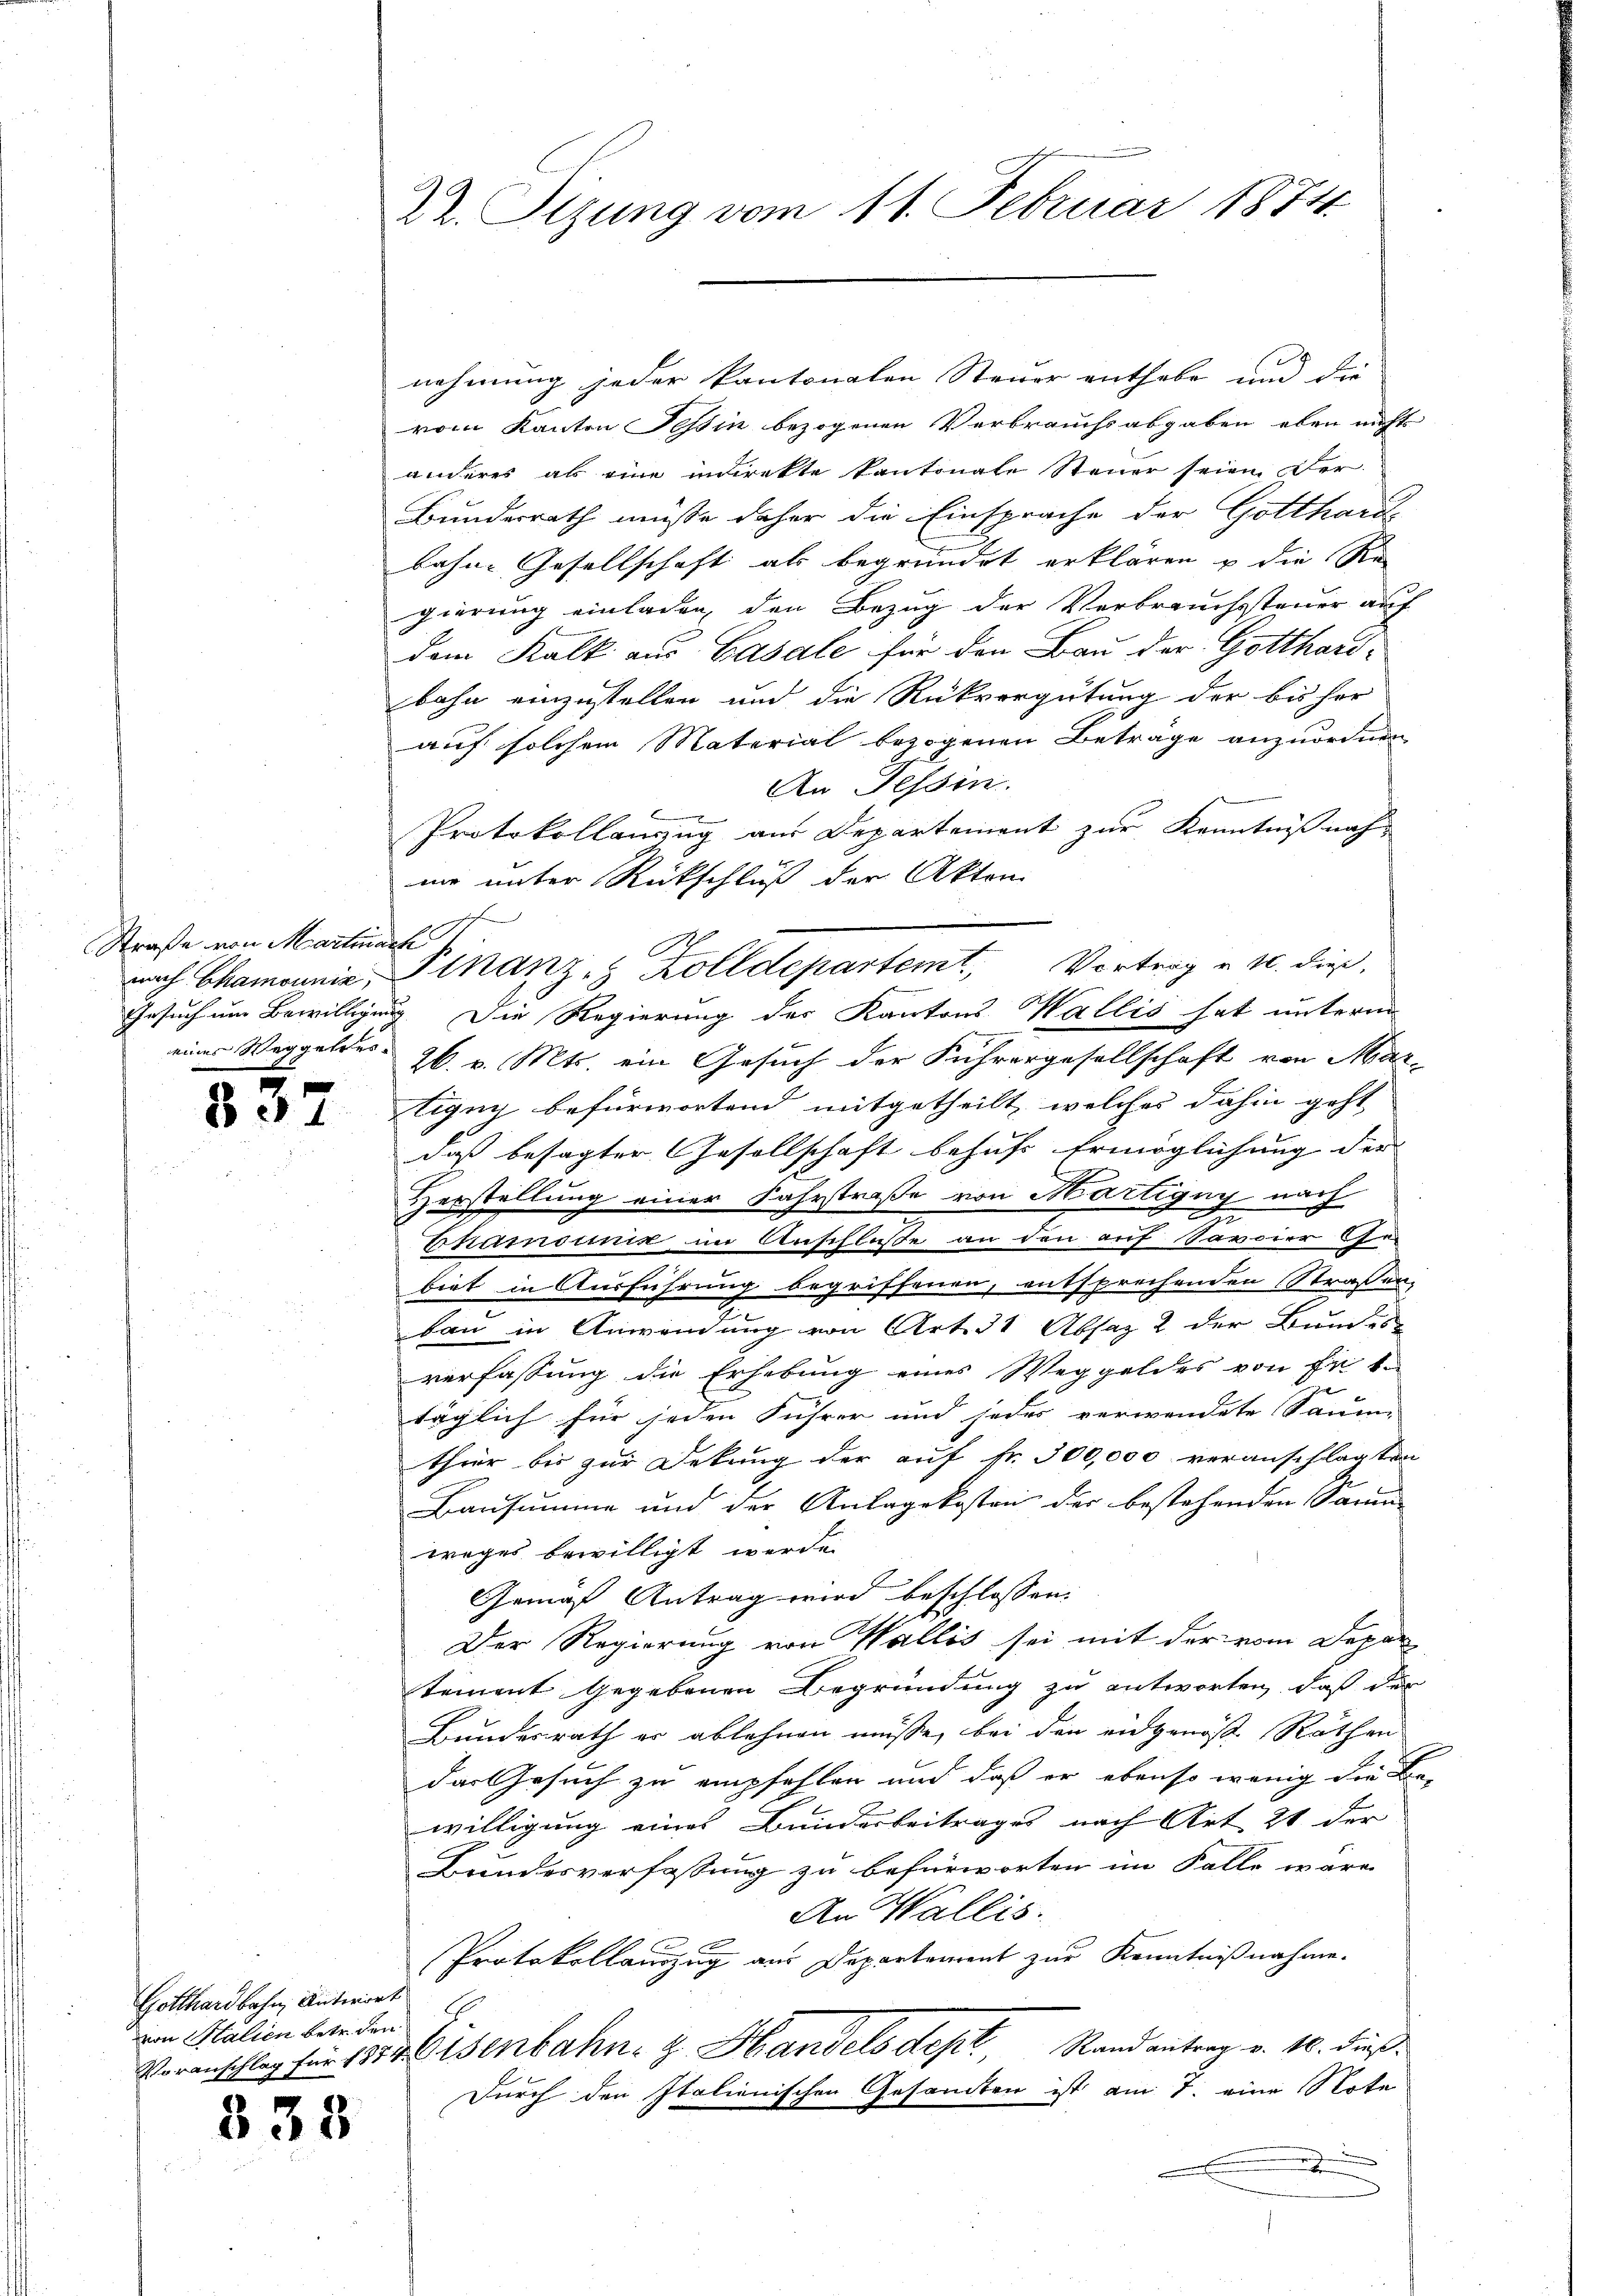
Straße von Martinach
eines Weggeles
8

837

Gotthardbahn, Antwort
von Salien betr. den

333

22. Tizung vom 11. Februar 1874

nehmung jeder kantonalen Steuer enthabe und die
vom Kanton Tessin bezogenen Verbrauchs abgaben eben nichts
anderes als eine indirekte kantonale Steuer seien Ver-
Bundesrath müsse daher die Einsprache der Gotthard-
bahne Gesellschaft als begründet erklären u die Re
gierung einladen, den Bezug der Verbrauchssteuer auf
dem Kalk aus Casale für den Bau der Gotthardbahn einzustellen und die Rückvergütung der bis her
auf solchem Material bezogenen Beträge anzuordnen,
An Tessin.

Protokollauszug aus Departement zur Kenntniß nah
nie unter Rückschluß der Akten
Gesuch um Bewilligung. Die Regierung der Kantons Wallis hat unterm
26. v. Mts. ein Gesuch der Führergesellschaft von Martigny befürwortend mitgetheilt, welches dahin geht
daß besagter Gesellschaft behufs Ermöglichung der
Verstellung einer Fahrstraße von Martigny nach
F
Truumonik im Anschluße an den auf Savoier Ge-
biet in Ausführung begriffenen, entsprechenden Straßen-
ban in Anwendung von Art. 31 Absaz 2 der Bundes-
verfassung die Erhebung eines Weggeldes von Er t
f
täglich für jeden Führer und jedes verwendete Saume
thier bis zur Dekung der auf fr. 300,000 veranschlagten
Bausumme und der Anlagekosten der bestehenden Samm-
weges bewilligt werde.
Gemäß Antrag wird beschlossen:
Der Regierung von Wallis sei mit der vom Depar
tement gegebenen Begründung zu antworten, daß der
Bundesrath er ablehnen müsse, bei den eidgenoße Räthen
das Gesuch zu empfehlen und daß er ebenso wenig die Be-
willigung eines Bundesbeitrages nach Art 21 der
Bundesverfassung zu befürworten im Falle wäre
An Wallis.
Protokollauszug aus Departement zur Kenntnißnahme.
Voranschlag für 1874 isenbahn- & Handels dept. Rand antrag v. 10. dieß
Durch den Italienischen Gesandten ist am 7. eine Note
.

nach Chamonnie, Finanz- & Zolldepartemt, Vortrag u. 10. dieß,